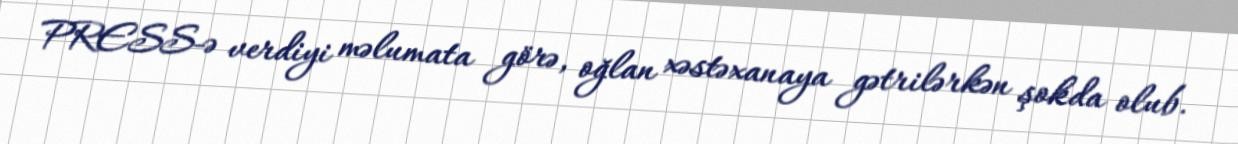
PRESS-ə verdiyi məlumata görə, oğlan xəstəxanaya gətrilərkən şokda olub.